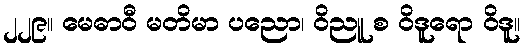
၂၂၉။ မေဓာဝီ မတိမာ ပညော၊ ဝိညူ စ ဝိဒူရော ဝိဒူ။